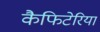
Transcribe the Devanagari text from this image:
कैफिटेरिया